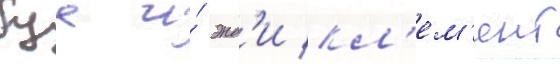
буа и́ энд'и кл'ем'ент